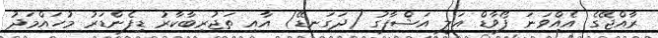
ރާއްޖޭގެ އެއްވަނަ ފޯވާޑް އަލީ އަޝްފާގު (ދަގަނޑޭ) އާއި ތަޖުރިބާކާރު ޑިފެންޑަރު މުހައްމަދު